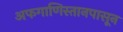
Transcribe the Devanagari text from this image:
अफगाणिस्तानपासून